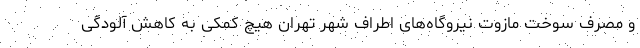
و مصرف سوخت مازوت نیروگاه‌های اطراف شهر تهران هیچ کمکی به کاهش آلودگی